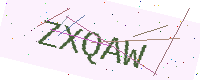
Text: ZXQAW